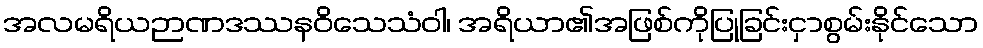
အလမရိယဉာဏဒဿနဝိသေသံဝါ၊ အရိယာ၏အဖြစ်ကိုပြုခြင်းငှာစွမ်းနိုင်သော